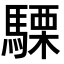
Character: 𮪕